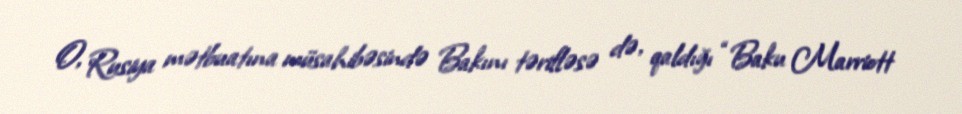
O, Rusiya mətbuatına müsahibəsində Bakını tərifləsə də, qaldığı “Baku Marriott